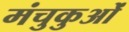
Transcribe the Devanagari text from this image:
मंचुकुओं